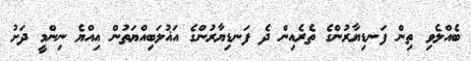
ބެއްލެވި ތިން ފަނޑިޔާރުންގެ ތެރެއިން ދެ ފަނޑިޔާރުންގެ އަޣުލަބިއްޔަތުން އިއްޔެ ނިންމީ ދަށު